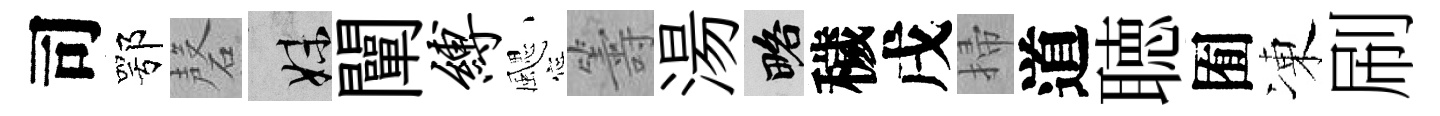
司鄂磬妹闡缚颸籌湯略穢戌掃道聴囿凍刷